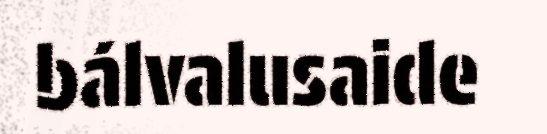
bálvalusaide